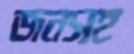
জনসহ